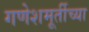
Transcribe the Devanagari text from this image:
गणेशमूर्तीच्या